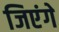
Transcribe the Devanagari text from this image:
जिएंगे